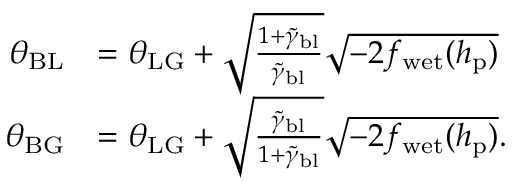
\begin{array} { r l } { \theta _ { \mathrm { B L } } } & { = \theta _ { \mathrm { L G } } + \sqrt { \frac { 1 + \Tilde { \gamma } _ { \mathrm { b l } } } { \Tilde { \gamma } _ { \mathrm { b l } } } } \sqrt { - 2 f _ { \mathrm { w e t } } ( h _ { \mathrm { p } } ) } } \\ { \theta _ { \mathrm { B G } } } & { = \theta _ { \mathrm { L G } } + \sqrt { \frac { \Tilde { \gamma } _ { \mathrm { b l } } } { 1 + \Tilde { \gamma } _ { \mathrm { b l } } } } \sqrt { - 2 f _ { \mathrm { w e t } } ( h _ { \mathrm { p } } ) } . } \end{array}